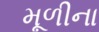
મૂળીના